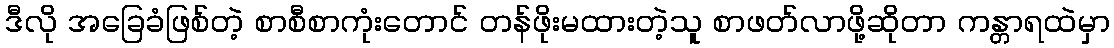
ဒီလို အခြေခံဖြစ်တဲ့ စာစီစာကုံးတောင် တန်ဖိုးမထားတဲ့သူ စာဖတ်လာဖို့ဆိုတာ ကန္တာရထဲမှာ